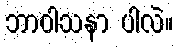
ဘာဝါသနာ ပါလဲ။